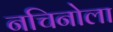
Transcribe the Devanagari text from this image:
नचिनोला